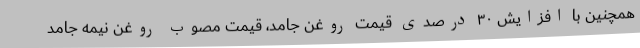
همچنین با افزایش ۳۰ درصدی قیمت روغن جامد، قیمت مصوب روغن نیمه جامد